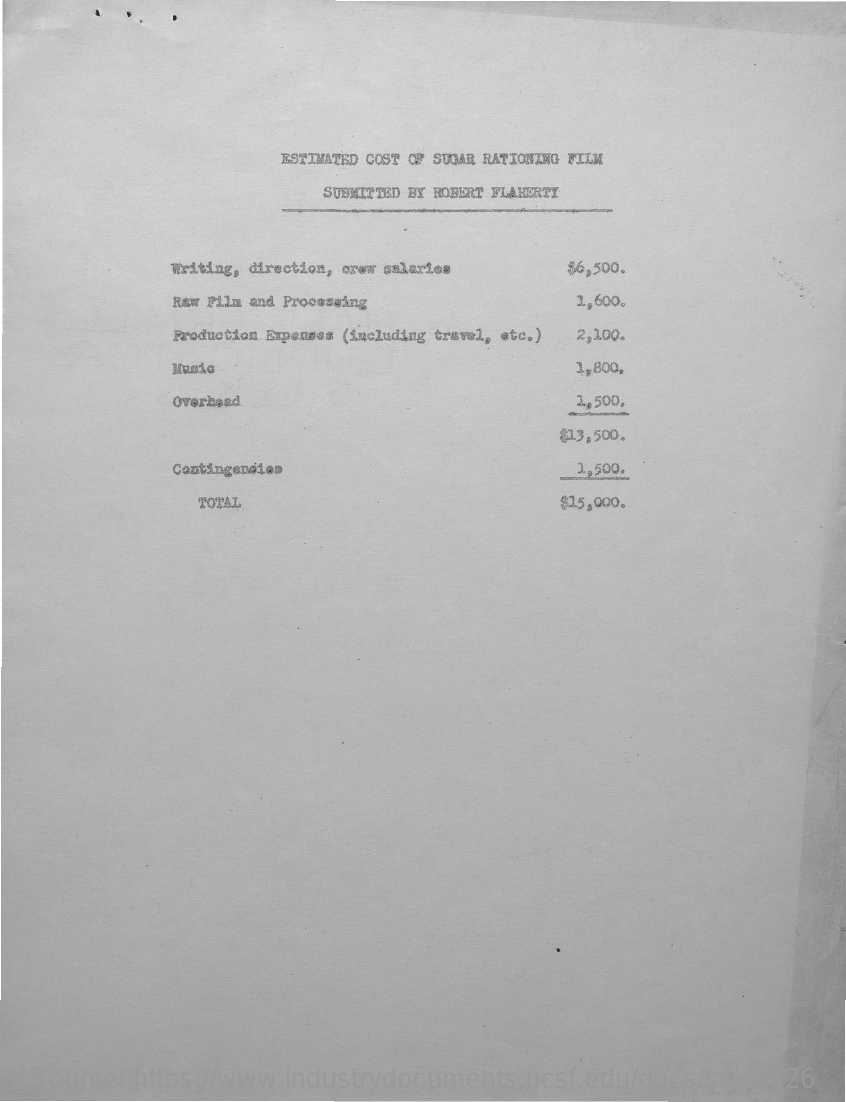
ESTIMATED COST OF SUGAR RATIONING FILM
     SUBMITTED BY ROBERT FLAHERTY
     Writing, direction, crew salaries $6,500.
     Raw Film and Processing    1,600.
     Production Expenses (including travel, etc.) 2,100.
     Music    1,800,
     Overhead    2,500.
     $13,500.
     Contingendien    1,500.
     TOTAL    $15,000.
   Source: https://www.industrydocuments.ucsf.edu/docs/snkl0226